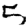
Digit: 5